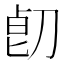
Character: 𱐞